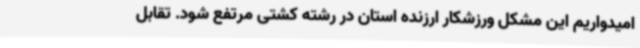
امیدواریم این مشکل ورزشکار ارزنده استان در رشته کشتی مرتفع شود. تقابل